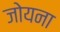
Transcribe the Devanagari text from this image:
जोयना